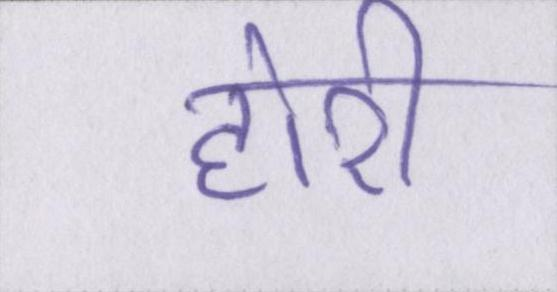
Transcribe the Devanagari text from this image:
होरी